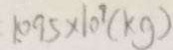
1 . 0 9 5 \times 1 0 ^ { 9 } ( k g )